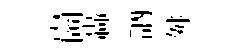
崗轟訥舛